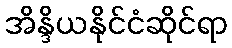
အိန္ဒိယနိုင်ငံဆိုင်ရာ